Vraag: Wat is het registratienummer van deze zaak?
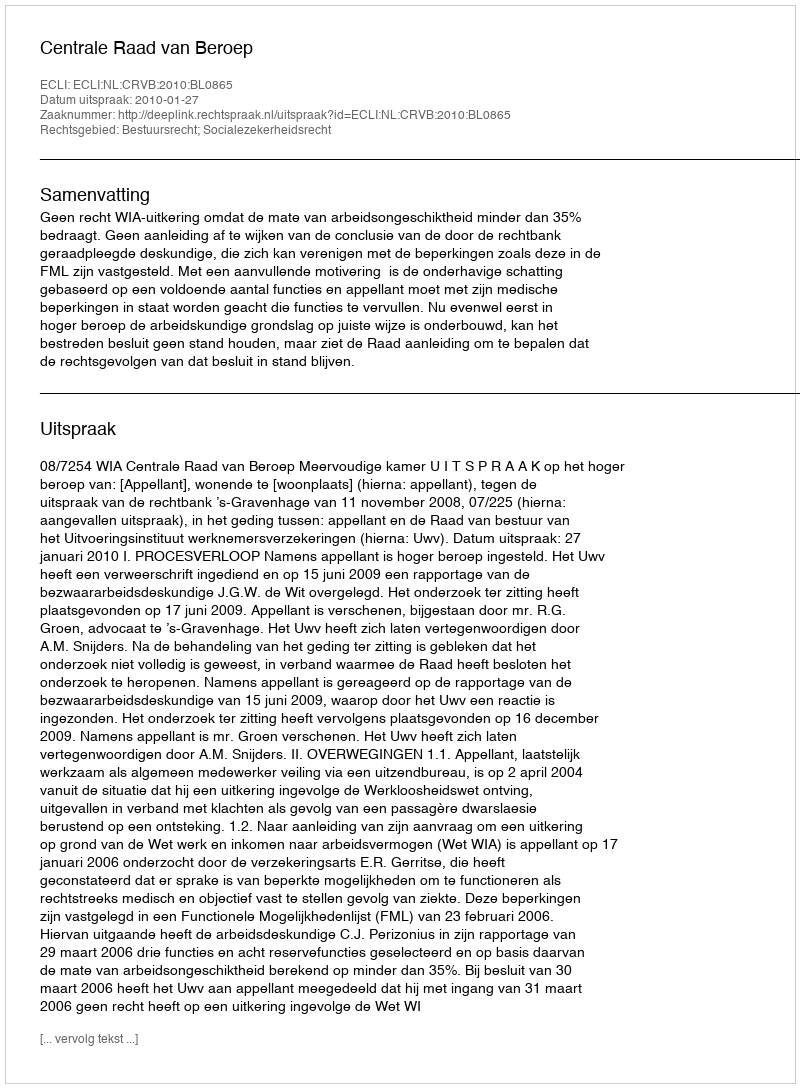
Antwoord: http://deeplink.rechtspraak.nl/uitspraak?id=ECLI:NL:CRVB:2010:BL0865